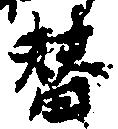
替